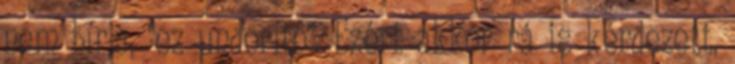
nem bírja, "ez undorító". Ezért akkor rá is kérdezett,